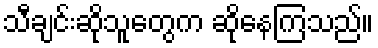
သီချင်းဆိုသူတွေက ဆိုနေကြသည်။